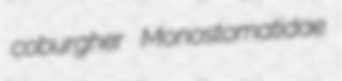
coburgher Monostomatidae